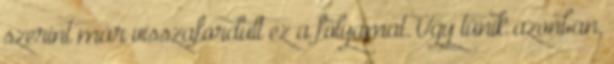
szerint már visszafordult ez a folyamat. Úgy tűnik azonban,